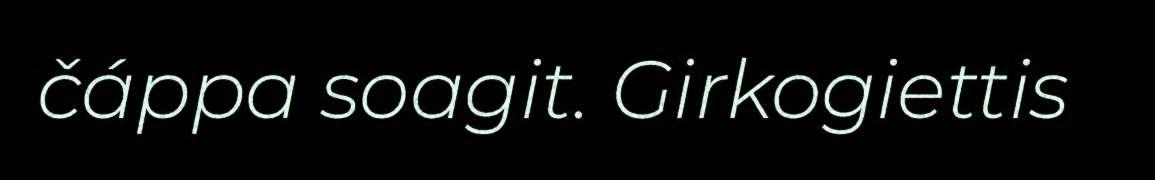
čáppa soagit. Girkogiettis